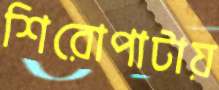
শিরোপাটায়